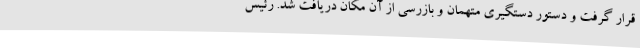
قرار گرفت و دستور دستگیری متهمان و بازرسی از آن مکان دریافت شد. رئیس